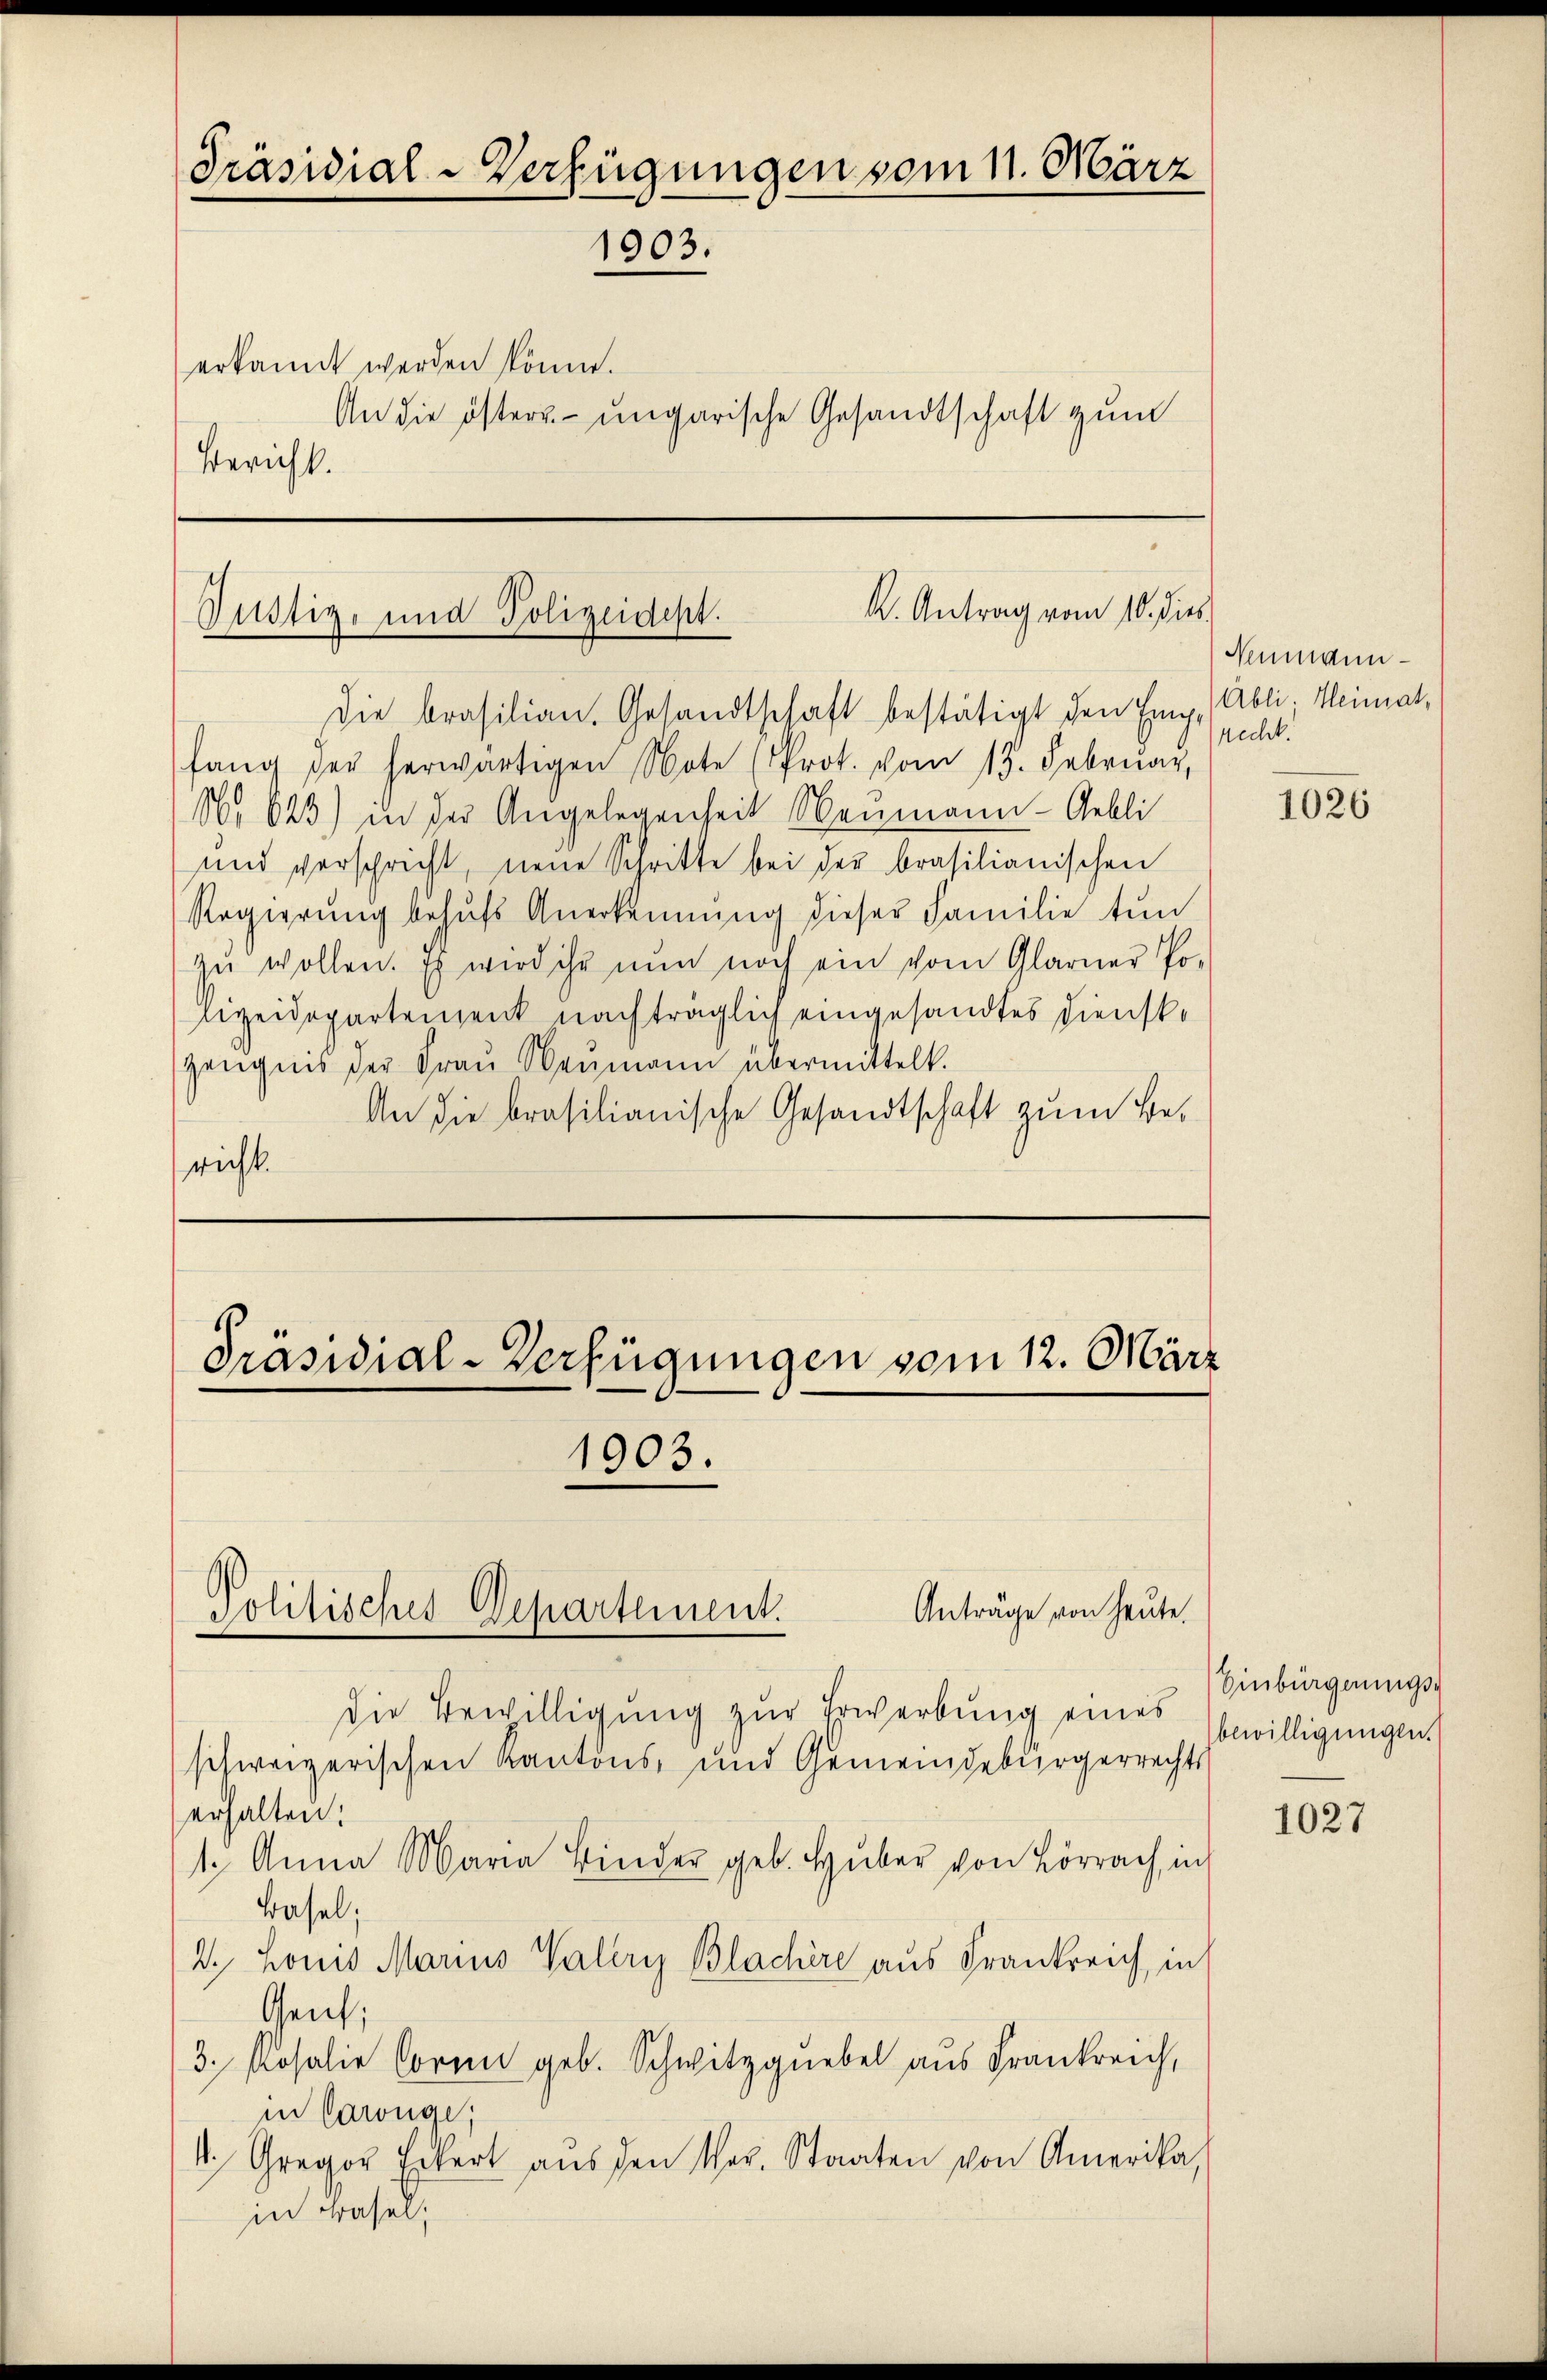
Präsidial-Verfügungen vom 1. März
1903.

erkannt werden könne.
An die öster- ungarische Gesandtschaft zum
Bericht.

k. Antrag vom 10. dies
Justiz- und Polizeidept.
Die brasilian. Gesandtschaft bestätigt den Eing. Abli; Heimat,

fang der herwärtigen Note (Prot. vom 13. Februar,
No 623) in der Angelegenheit Neumann - Gebli
und verspricht, neue Schritte bei der brasilianischen
Regierung behŭfs Anerkennung dieser Familie tun
zŭ wollen. Es wird ihr nun noch ein vom Glarner Po-
Lizeidepartement nachträglich eingesandtes Dienst¬
Zeŭgnis der Frau Neumann übermittelt.
An die brasilianische Gesandtschaft zum Bericht.

Präsidial-Verfügungen vom 12. März
1903.
Anträge von heute.
Politisches Departement.

die Bewilligung zur Erwerbung eines
schweizerischen Kantons- und Gemeindebürgerrechts
erhalten:
1. Anna Maria Binder geb. Hŭber von Lörrach, in
Basel;
2. Louis Marius Valere Blachire aus Frankreich, in
Gent,
3. Rosalie Form geb. Schwitzgnebel aus Frankreich,
in Cawüge;
4. Gregor Eilert aŭs den Ver. Staaten von Amerika,
in Basel,

Numwunrecht.

1026

Einbürgerungsbewilligungen.

1027